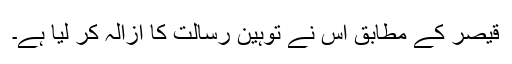
قیصر کے مطابق اس نے توہین رسالت کا ازالہ کر لیا ہے۔